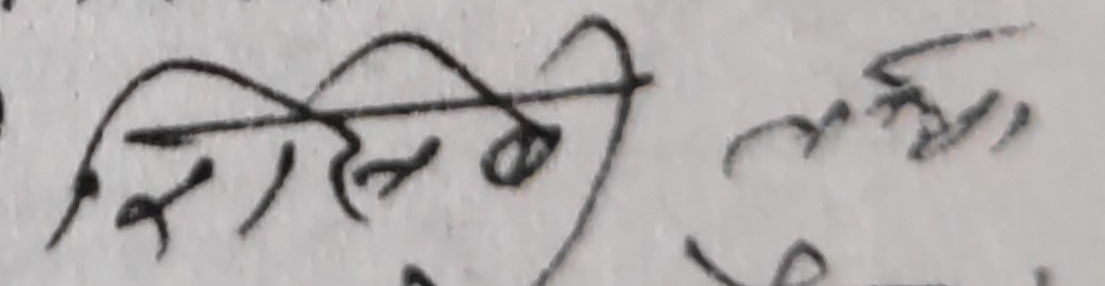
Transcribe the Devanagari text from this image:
भिमसेन